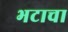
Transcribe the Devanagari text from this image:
भटाचा